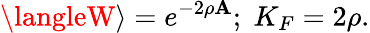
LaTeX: \langleW\rangle=e^{-2\rho\mathbf{A}};\; K_{F}=2\rho.